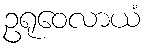
ဥရုဝေလာယံ